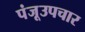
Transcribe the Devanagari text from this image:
पंजूउपचार